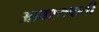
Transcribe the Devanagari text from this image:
आवश्यकती